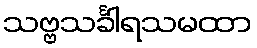
သဗ္ဗသင်္ခါရသမထာ